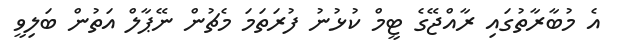
އެ މުބާރާތުގައި ރާއްޖޭގެ ޓީމް ކުޅުނު ފުރަތަމަ މެޗުން ނޭޕާލް އަތުން ބަލިވީ